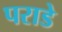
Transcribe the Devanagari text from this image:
पराडे